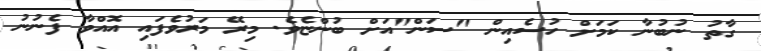
ގާތު ނުބުނާ ކަމަށް ހުސެއިން "ސަން"އަށް ބުންޏެވެ. މިރޭ މަރުވެފައި އޮއްވާ ފެނުނު